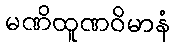
မဏိထူဏဝိမာနံ